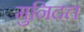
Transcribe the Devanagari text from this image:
मुनिदत्त